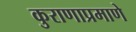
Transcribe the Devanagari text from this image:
कुराणाप्रमाणे